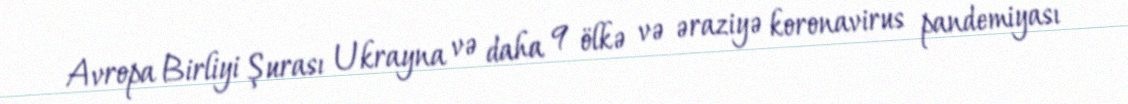
Avropa Birliyi Şurası Ukrayna və daha 9 ölkə və əraziyə koronavirus pandemiyası